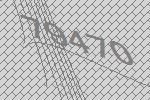
79470